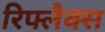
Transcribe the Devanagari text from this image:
रिफ्लैक्‍स